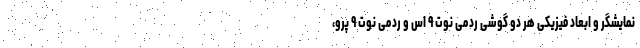
نمایشگر‌ و ابعاد فیزیکی هر دو گوشی ردمی نوت ۹ اس و ردمی نوت ۹ پرو‌،